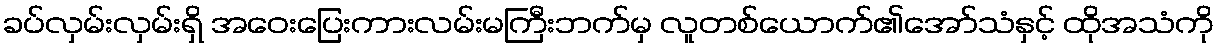
ခပ်လှမ်းလှမ်းရှိ အဝေးပြေးကားလမ်းမကြီးဘက်မှ လူတစ်ယောက်၏အော်သံနှင့် ထိုအသံကို